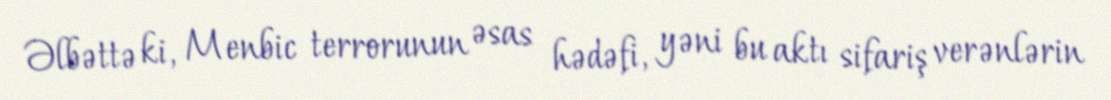
Əlbəttə ki, Menbic terrorunun əsas hədəfi, yəni bu aktı sifariş verənlərin